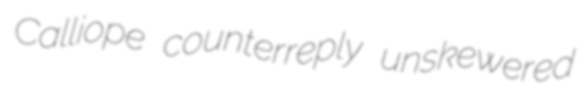
Calliope counterreply unskewered